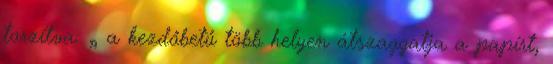
torzítva: „ a kezdőbetű több helyen átszaggatja a papírt,